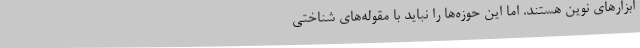
ابزارهای نوین هستند. اما این‌ حوزه‌ها را نباید با مقوله‌های شناختی